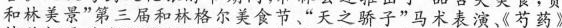
和林美景”第三届和林格尔美食节、“天之骄子 ”马术表演、《芍药》